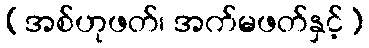
(အစ်ဟုဖတ်၊ အက်မဖတ်နှင့်)